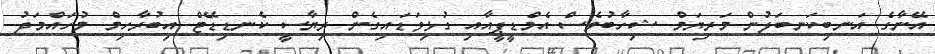
އޭނާގެ އަނބިކަނބަލުން މަރިޔަމް ޝިހާބުވެސް އެމްޑީޕީއާއި ގުޅިވަޑައިގެން ރިޔާސީ ކެނޑިޑޭޓް އިބުރާހިމް މުހައްމަދު